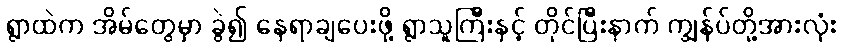
ရွာထဲက အိမ်တွေမှာ ခွဲ၍ နေရာချပေးဖို့ ရွာသူကြီးနှင့် တိုင်ပြီးနာက် ကျွန်ပ်တို့အားလုံး